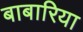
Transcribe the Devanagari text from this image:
बाबारिया